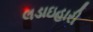
લડાઇહારી